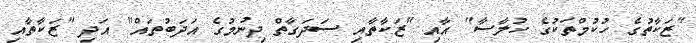
"ޒަކާތުގެ ހުކުމްތަކުގެ ހުލާސާ" އާއި "ޒަކާތާއި ސަދަގާތް ދިނުމުގެ އަދަބުތައް" އަދި "ޒަކާތާއި